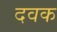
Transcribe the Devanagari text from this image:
दवक